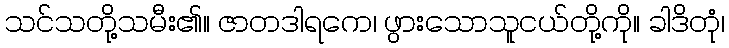
သင်သတို့သမီး၏။ ဇာတဒါရကေ၊ ဖွားသောသူငယ်တို့ကို။ ခါဒိတုံ၊